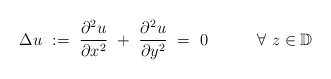
\begin{align*}\Delta u\ :=\ \frac{\partial^2 u}{\partial x^2}\ +\ \frac{\partial^2u}{\partial y^2}\ =\ 0 \quad\quad\quad\forall\ z\in\mathbb D\end{align*}